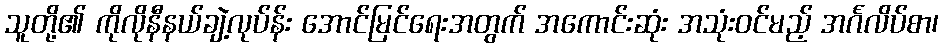
သူတို့၏ ကိုလိုနီနယ်ချဲ့လုပ်န်း အောင်မြင်ရေးအတွက် အကောင်းဆုံး အသုံးဝင်မည့် အင်္ဂလိပ်စာ၊